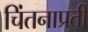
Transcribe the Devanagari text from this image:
चिंतनाप्रती